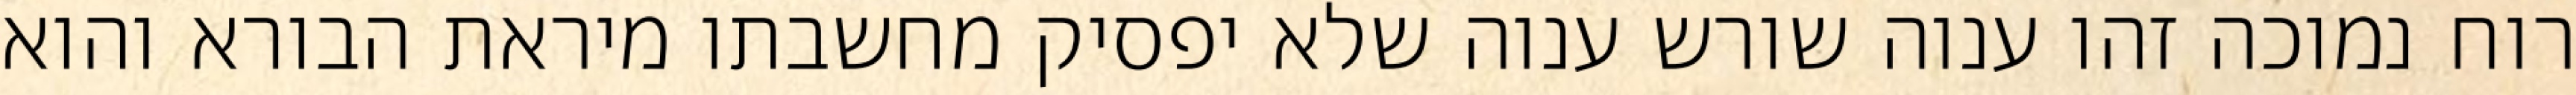
רוח נמוכה זהו ענוה שורש ענוה שלא יפסיק מחשבתו מיראת הבורא והוא